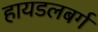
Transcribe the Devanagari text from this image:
हायडलबर्ग